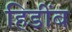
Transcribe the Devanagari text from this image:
हिडींब